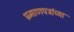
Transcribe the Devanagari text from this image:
प्रमाणपत्रांच्या